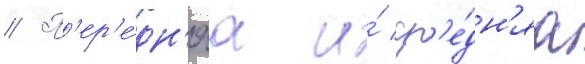
// П'ер'е́дн'яа и́ ср'е́дн'яа